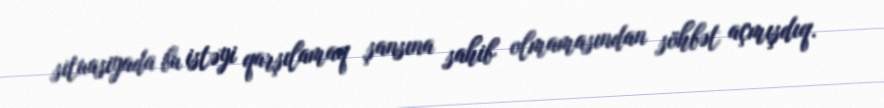
situasiyada bu istəyi qarşılamaq şansına sahib olmamasından söhbət açmışdıq.